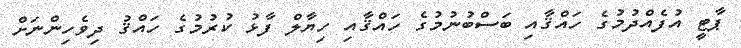
ޕާޓީ އުފެއްދުމުގެ ހައްޤާއި ބަސްބުނުމުގެ ހައްޤާއި ހިޔާލް ފާޅު ކުރުމުގެ ހައްޤު ދިވެހިންނަށް